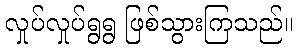
လှုပ်လှုပ်ရွရွ ဖြစ်သွားကြသည်။